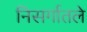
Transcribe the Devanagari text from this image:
निसर्गातले